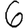
Digit: 6